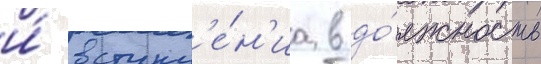
и́ вступл'е́н'иа в до́лжность